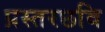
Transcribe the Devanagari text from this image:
प्रस्तरछवि